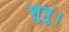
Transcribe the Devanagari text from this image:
शुत्रु।